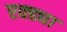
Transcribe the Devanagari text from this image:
एक्ढ्या